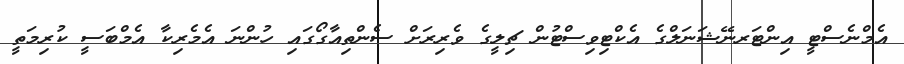
އެމްނެސްޓީ އިންޓަރނޭޝަނަލްގެ އެކްޓިވިސްޓުން ޗިލީގެ ވެރިރަށް ސެންތިއާގޯގައި ހުންނަ އެމެރިކާ އެމްބަސީ ކުރިމަތީ